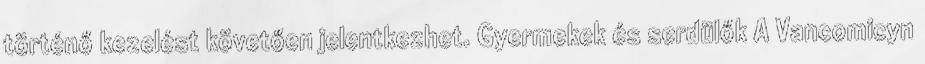
történő kezelést követően jelentkezhet. Gyermekek és serdülők A Vancomicyn